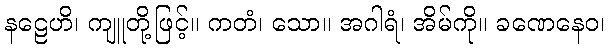
နဠေဟိ၊ ကျူတို့ဖြင့်။ ကတံ၊ သော။ အဂါရံ၊ အိမ်ကို။ ခဏေနေဝ၊